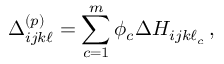
\Delta _ { i j k \ell } ^ { ( p ) } = \sum _ { c = 1 } ^ { m } \phi _ { c } \Delta H _ { i j k \ell _ { c } } \, ,